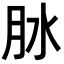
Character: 𦙙